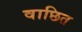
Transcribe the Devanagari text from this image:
वाछित